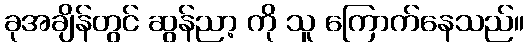
ခုအချိန်တွင် ဆွန်ညာ့ ကို သူ ကြောက်နေသည်။